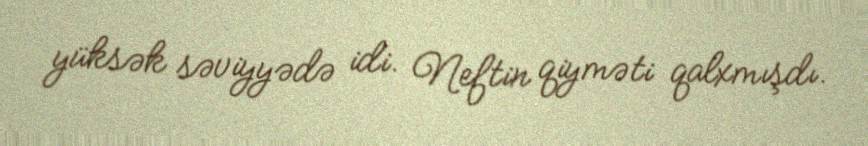
yüksək səviyyədə idi. Neftin qiyməti qalxmışdı.